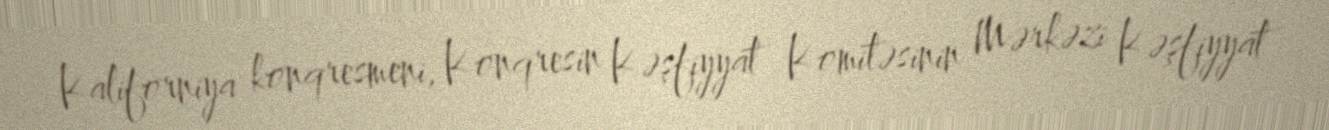
Kaliforniya konqresmeni, Konqresin Kəşfiyyat Komitəsinin Mərkəzi Kəşfiyyat